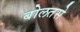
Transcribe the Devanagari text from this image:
बोलतसे